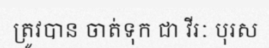
ត្រូវបាន ចាត់ទុក ជា វីរៈ បុរស